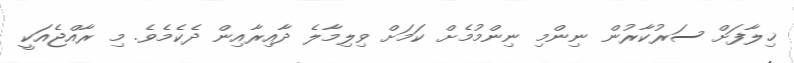
ޚިލާފަށް ސަރުކާރުން ނިންމި ނިންމުމެށް ކަމަށް ވިލިމާލެ ދާއިރާއިން ދެކެމެވެ. މި ރާއްޖެއަކީ